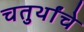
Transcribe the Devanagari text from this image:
चतुर्थांचे